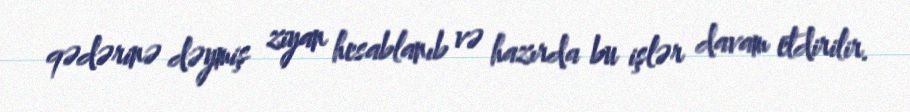
qədərinə dəymiş ziyan hesablanıb və hazırda bu işlər davam etdirilir.